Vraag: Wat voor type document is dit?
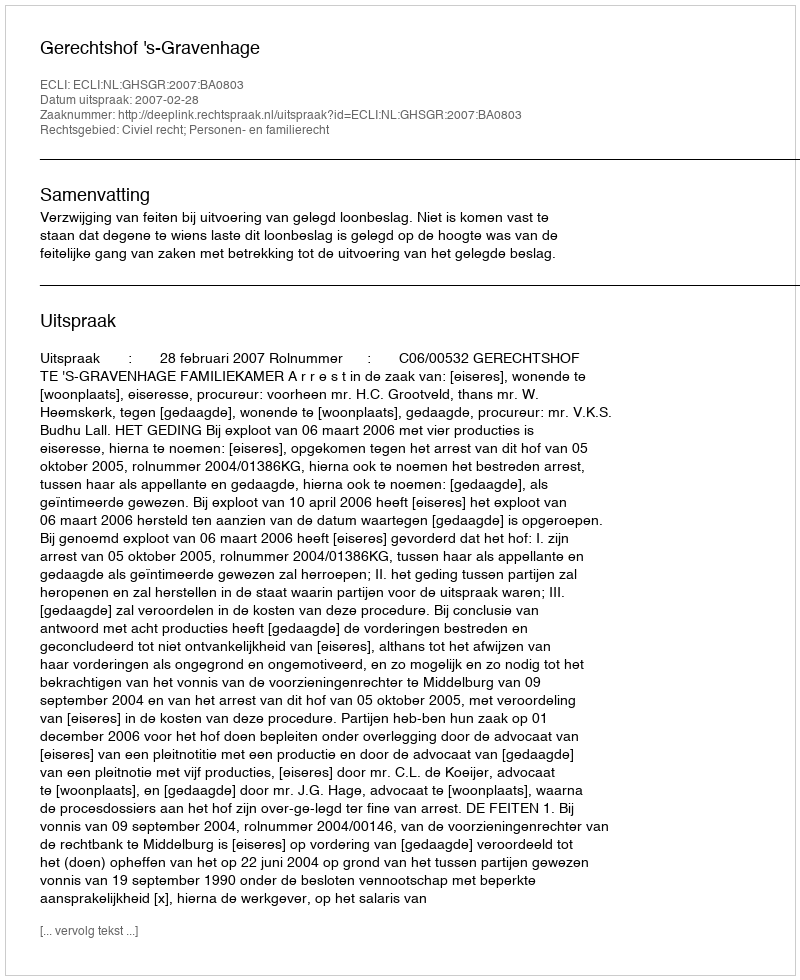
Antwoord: Uitspraak